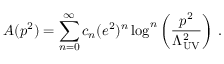
A ( p ^ { 2 } ) = \sum _ { n = 0 } ^ { \infty } c _ { n } ( e ^ { 2 } ) ^ { n } \log ^ { n } \left( \frac { p ^ { 2 } } { \Lambda _ { \mathrm { U V } } ^ { 2 } } \right) \, .